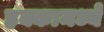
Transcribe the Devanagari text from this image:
हक्कामध्ये